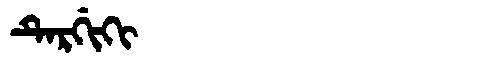
Manchu: ᡨᡝᡵᡤᡳᡴᡳ
Romanization: TERGIKI